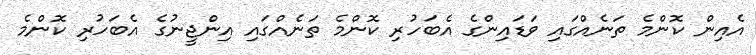
އެއިން ކޮންމެ ތަނެއްގައި ވަޑައިންގެ އެބަހުރި ކޮންމެ ތަނެއްގައި އިންޖީނުގެ އެބަހުރި ކޮންމެ